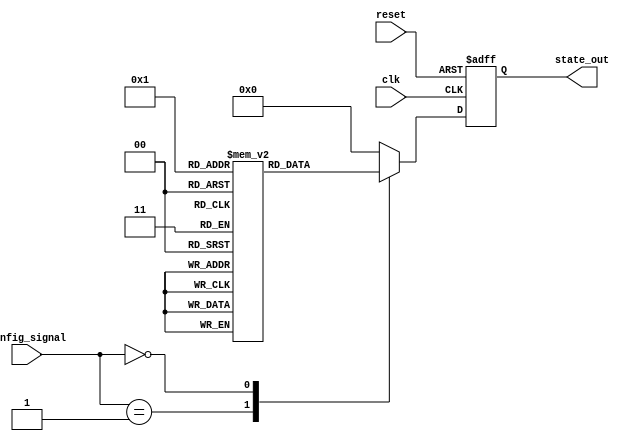
module ConfigurableInitialConditions #(
    parameter NUM_INITIAL_CONDITIONS = 4, // Number of predefined initial conditions
    parameter STATE_WIDTH = 8              // Width of the state register
)(
    input wire [NUM_INITIAL_CONDITIONS-1:0] config_signal, // Configuration signal
    input wire reset,                               // Reset signal (active-high)
    input wire clk,                                 // Clock signal
    output reg [STATE_WIDTH-1:0] state_out        // State output
);

// Define the initial conditions
reg [STATE_WIDTH-1:0] initial_conditions [0:NUM_INITIAL_CONDITIONS-1];

// Default state
localparam DEFAULT_STATE = {STATE_WIDTH{1'b0}}; // Default state (all zeros)

// Initialize the initial conditions
initial begin
    initial_conditions[0] = 8'b00000001; // Condition 0
    initial_conditions[1] = 8'b00000010; // Condition 1
    initial_conditions[2] = 8'b00000011; // Condition 2
    initial_conditions[3] = 8'b00000100; // Condition 3
    // Add more conditions as needed
end

// State register process
always @(posedge clk or posedge reset) begin
    if (reset) begin
        // Load default state on reset
        state_out <= DEFAULT_STATE;
    end else begin
        // Update state based on configuration signal
        case (config_signal)
            1'b1: state_out <= initial_conditions[0];
            1'b10: state_out <= initial_conditions[1];
            1'b100: state_out <= initial_conditions[2];
            1'b1000: state_out <= initial_conditions[3];
            default: state_out <= DEFAULT_STATE; // Default case
        endcase
    end
end

endmodule